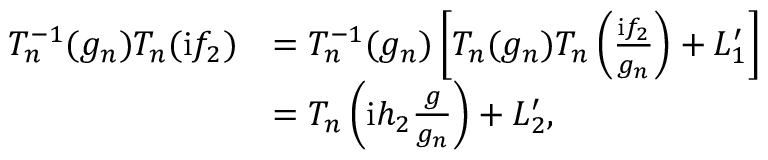
\begin{array} { r l } { T _ { n } ^ { - 1 } ( g _ { n } ) T _ { n } ( \mathrm { i } f _ { 2 } ) } & { = T _ { n } ^ { - 1 } ( g _ { n } ) \left[ T _ { n } ( g _ { n } ) T _ { n } \left( \frac { \mathrm { i } f _ { 2 } } { g _ { n } } \right) + L _ { 1 } ^ { \prime } \right] } \\ & { = T _ { n } \left( \mathrm { i } h _ { 2 } \frac { g } { g _ { n } } \right) + L _ { 2 } ^ { \prime } , } \end{array}